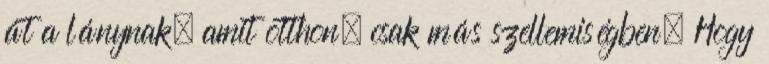
át a lánynak, amit otthon, csak más szellemiségben. Hogy